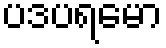
ပဒပရမော